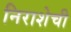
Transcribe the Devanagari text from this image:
निराशेची